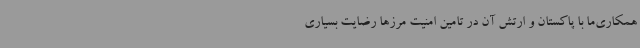
همکاری‌ما با پاکستان و ارتش آن در تامین امنیت مرزها رضایت بسیاری